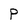
Character: P